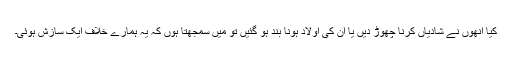
کیا انھوں نے شادیاں کرنا چھوڑ دیں یا ان کی اولاد ہونا بند ہو گئیں تو میں سمجھتا ہوں کہ یہ ہمارے خلاف ایک سازش ہوئی۔